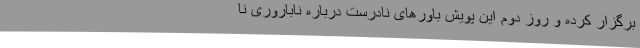
برگزار کرده و روز دوم این پویش باور‌های نادرست درباره ناباروری نا